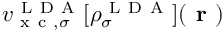
v _ { \mathrm { ~ x ~ c ~ } , \sigma } ^ { \mathrm { ~ L ~ D ~ A ~ } } [ \rho _ { \sigma } ^ { \mathrm { ~ L ~ D ~ A ~ } } ] ( \boldsymbol { \textbf { r } } )